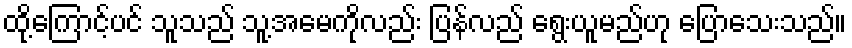
ထို့ကြောင့်ပင် သူသည် သူ့အမေကိုလည်း ပြန်လည် ရွေးယူမည်ဟု ပြောသေးသည်။